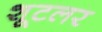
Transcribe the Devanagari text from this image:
शूटलर